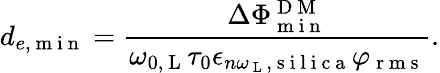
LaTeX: d_{e,\mathrm{~m~i~n~}}=\frac{\Delta\Phi_{\mathrm{~m~i~n~}}^{\mathrm{~D~M~}}}{\omega_{0,\mathrm{~L~}}\tau_{0}\epsilon_{n\omega_{\mathrm{~L~}},\mathrm{~s~i~l~i~c~a~}}\varphi_{\mathrm{~r~m~s~}}}.